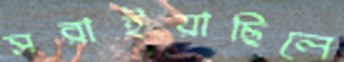
সরাইয়াছিলে